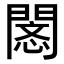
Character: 𢡥